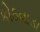
કોઠવાડા